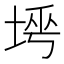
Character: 𡌱